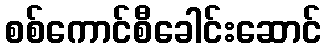
စစ်ကောင်စီခေါင်းဆောင်